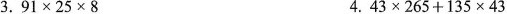
$$3.91\times25\times8$$ $$4.43\times265+135\times43$$